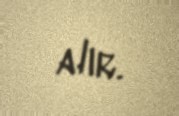
alır.